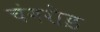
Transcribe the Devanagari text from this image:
चंगरोड़